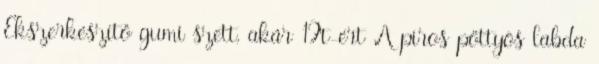
Ékszerkészítő gumi szett, akár 1Ft-ért A piros pöttyös labda